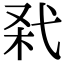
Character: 𢎊